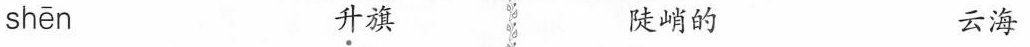
shēn \underset{·}{升}旗 陡峭的 云海